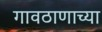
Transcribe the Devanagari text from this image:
गावठाणाच्या